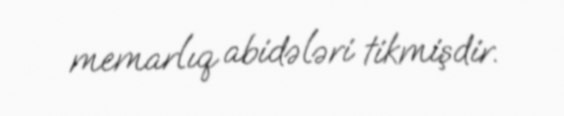
memarlıq abidələri tikmişdir.